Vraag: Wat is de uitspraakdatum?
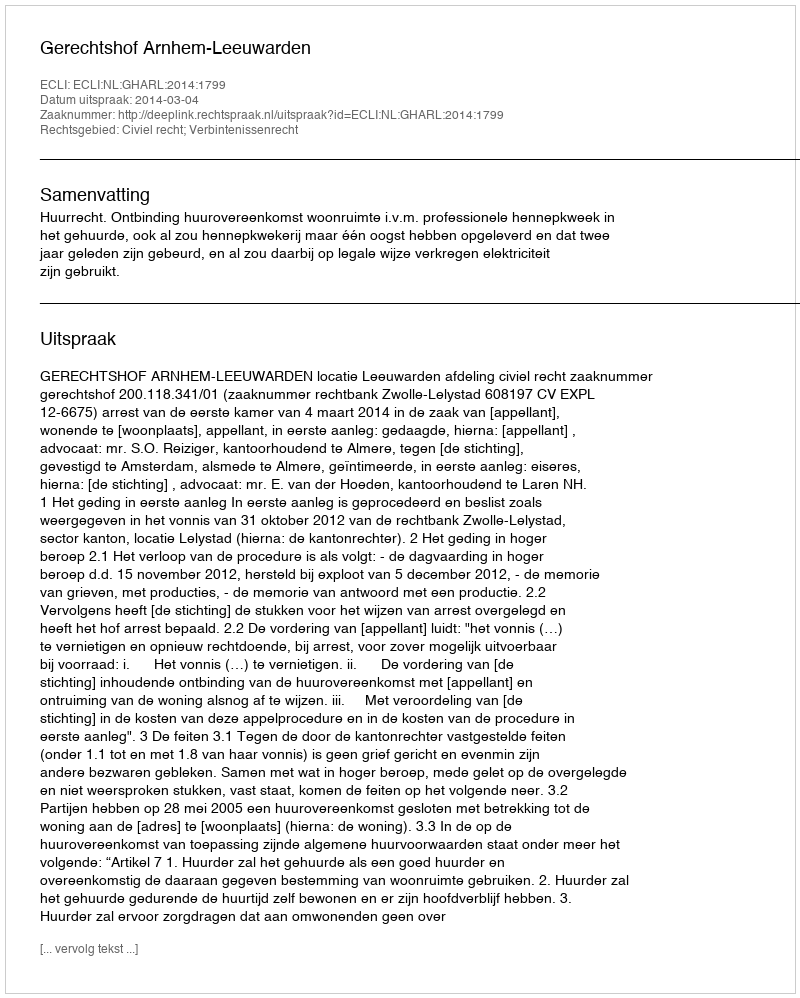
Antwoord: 2014-03-04